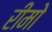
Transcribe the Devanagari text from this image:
रीमो